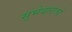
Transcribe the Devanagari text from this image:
सुभेदाराचे